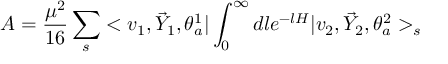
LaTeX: { \cal A } = \frac { \mu ^ { 2 } } { 1 6 } \sum _ { s } < v _ { 1 } , \vec { Y } _ { 1 } , \theta _ { a } ^ { 1 } | \int _ { 0 } ^ { \infty } d l e ^ { - l H } | v _ { 2 } , \vec { Y } _ { 2 } , \theta _ { a } ^ { 2 } > _ { s }